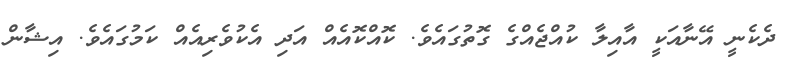
ދެކެނީ އޭނާއަކީ އާއިލާ ކުއްޖެއްގެ ގޮތުގައެވެ. ކޮއްކޮއެއް އަދި އެކުވެރިއެއް ކަމުގައެވެ. އިޝާން